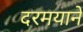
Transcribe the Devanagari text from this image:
दरमयाने